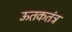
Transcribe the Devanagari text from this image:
ऊतकतंत्र